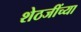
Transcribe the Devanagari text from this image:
शेठजींच्या